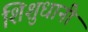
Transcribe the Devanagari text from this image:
शिशुधानी